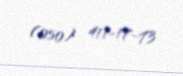
(050) 411-17-73